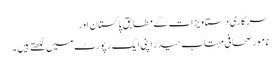
سرکاری دستاویزات کے مطابق پاکستان اور
نامور صحافی مہتاب حیدر اپنی ایک رپورٹ میں لکھتے ہیں ۔